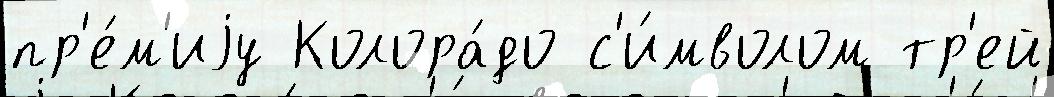
пр'е́м'иjу Колора́до с'и́мволом тр'ей